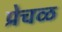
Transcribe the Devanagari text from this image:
प्रेचळ